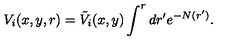
V _ { i } ( x , y , r ) = \tilde { V } _ { i } ( x , y ) \int ^ { r } d r ^ { \prime } e ^ { - N ( r ^ { \prime } ) } .